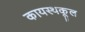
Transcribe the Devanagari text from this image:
कायस्थकूल